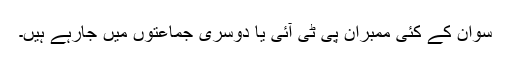
سوان کے کئی ممبران پی ٹی آئی یا دوسری جماعتوں میں جارہے ہیں۔